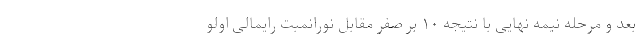
بعد و مرحله نیمه نهایی با نتیجه ۱۰ بر صفر مقابل نورانمبت رایمالی اولو